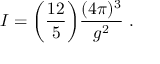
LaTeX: I = \biggl ( { \frac { 1 2 } { 5 } } \biggr ) { \frac { ( 4 \pi ) ^ { 3 } } { g ^ { 2 } } } ~ .